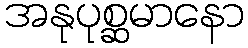
အနုပုစ္ဆမာနော